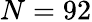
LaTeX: N=92